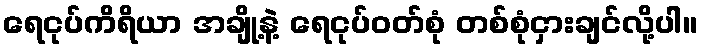
ရေငုပ်ကိရိယာ အချို့နဲ့ ရေငုပ်ဝတ်စုံ တစ်စုံငှားချင်လို့ပါ။